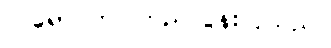
လရောင်က ကြည်လွန်းလှသည်။